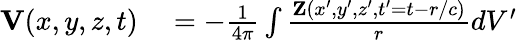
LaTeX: \begin{array}{rl}{{\mathbf V}(x,y,z,t)}&{{}=-\frac{1}{4\pi}\int\frac{{\mathbf Z}(x^{\prime},y^{\prime},z^{\prime},t^{\prime}=t-r/c)}{r}dV^{\prime}}\end{array}